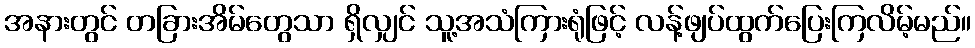
အနားတွင် တခြားအိမ်တွေသာ ရှိလျှင် သူ့အသံကြားရုံဖြင့် လန့်ဖျပ်ထွက်ပြေးကြလိမ့်မည်။